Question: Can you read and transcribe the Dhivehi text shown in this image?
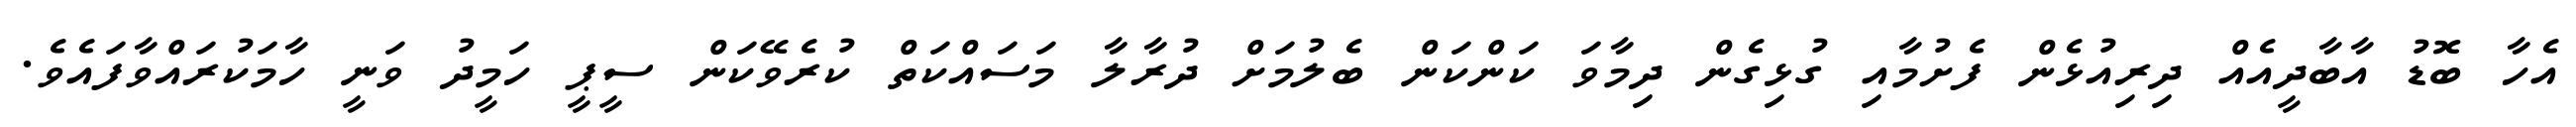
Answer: އެހާ ބޮޑު އާބާދީއެއް ދިރިއުޅެން ފެށުމާއި ގުޅިގެން ދިމާވަ ކަންކަން ބެލުމަށް ދުރާލާ މަސައްކަތް ކުރެވޭކަން ސީޕީ ހަމީދު ވަނީ ހާމަކުރައްވާފައެވެ.